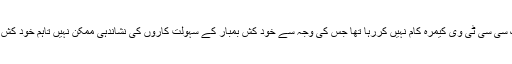
پولیس افسر نے بتایا کہ حملے کے وقت جائے وقوع کے قریب موجود ایک سی سی ٹی وی کیمرہ کام نہیں کررہا تھا جس کی وجہ سے خود کش بمبار کے سہولت کاروں کی نشاندہی ممکن نہیں تاہم خود کش بمبار کے جسمانی اعضاء کو فرانزک کے لیے لیبارٹری بھجوا دیا گیا ہے۔